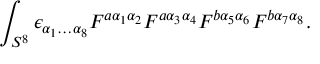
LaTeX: \int _ { S ^ { 8 } } \epsilon _ { \alpha _ { 1 } \ldots \alpha _ { 8 } } F ^ { a \alpha _ { 1 } \alpha _ { 2 } } F ^ { a \alpha _ { 3 } \alpha _ { 4 } } F ^ { b \alpha _ { 5 } \alpha _ { 6 } } F ^ { b \alpha _ { 7 } \alpha _ { 8 } } .